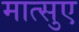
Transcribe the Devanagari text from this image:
मात्सुए